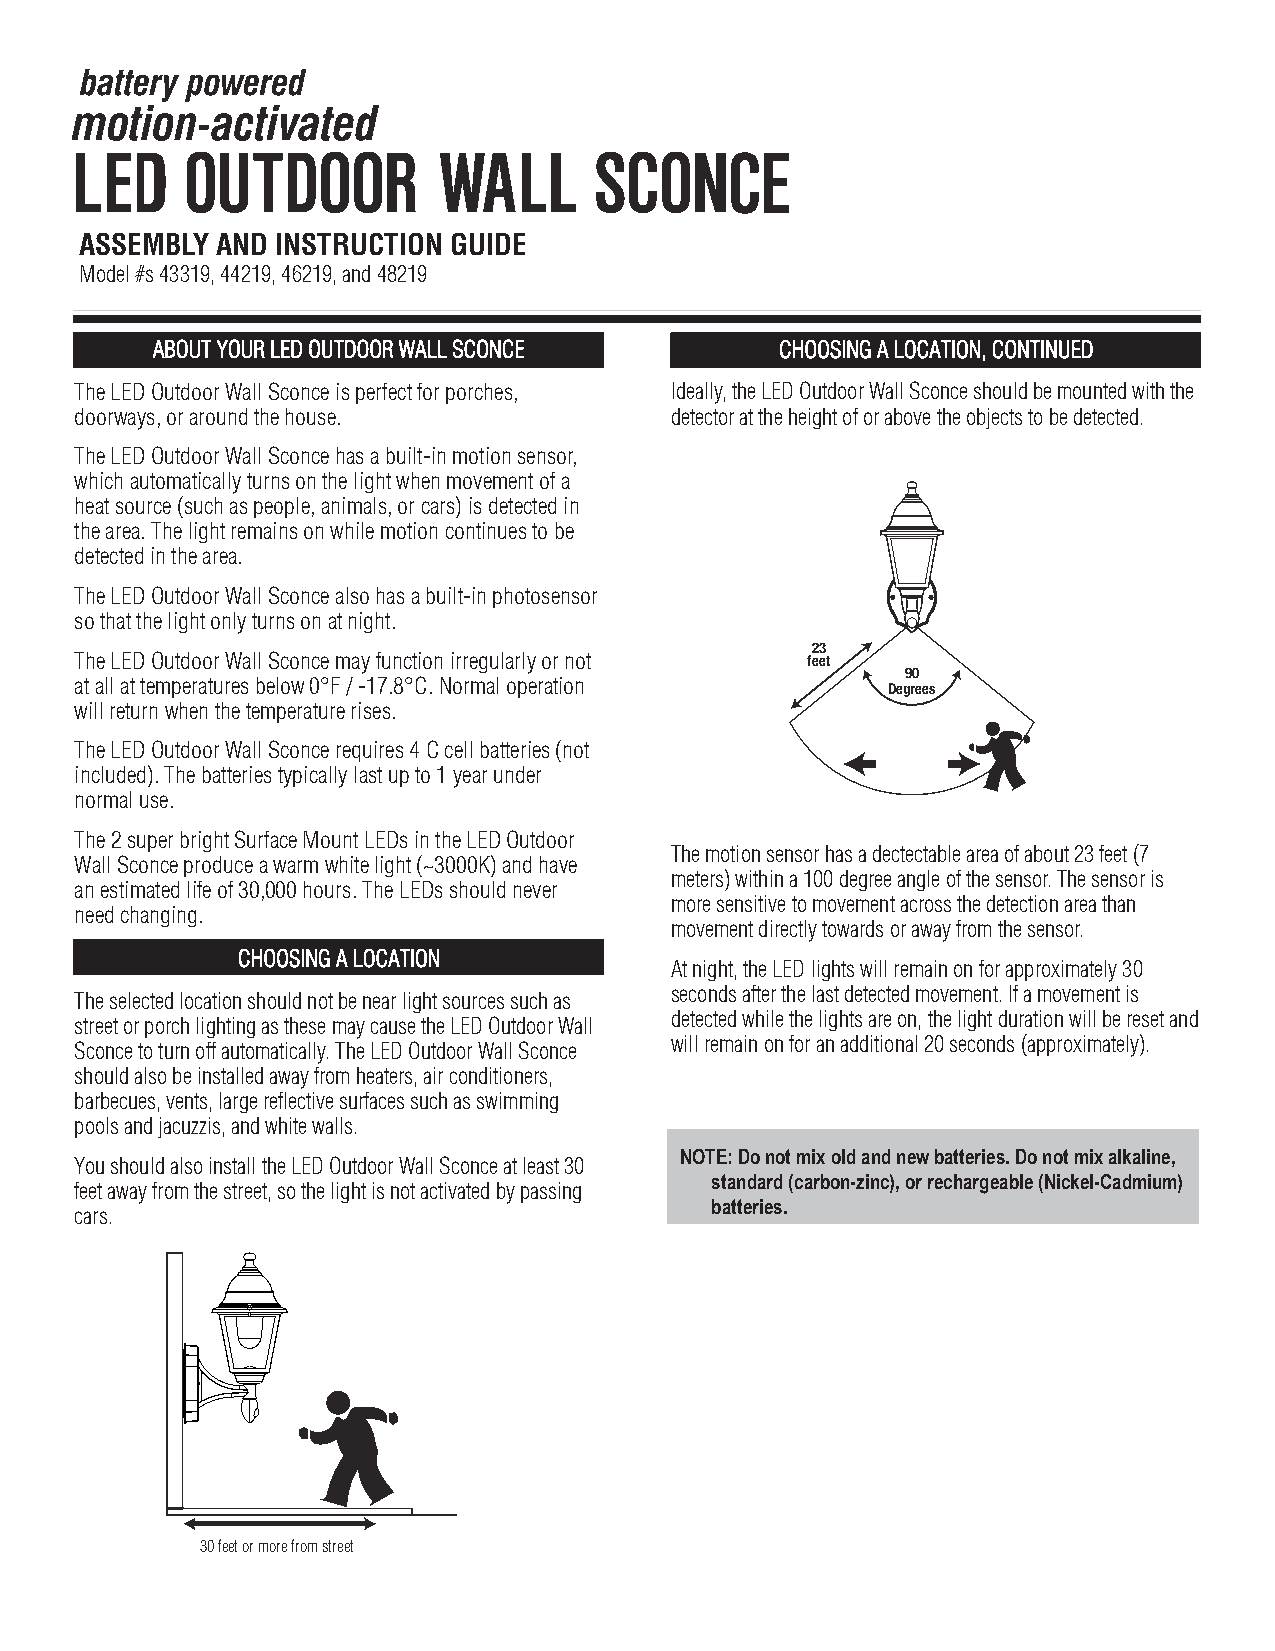
ASSEMBLY AND INSTRUCTION GUIDE
 Model #s 43319, 44219, 46219, and 48219
 ABOUT YOUR LED OUTDOOR WALL SCONCE        CHOOSING A LOCATION, CONTINUED
 The LED Outdoor Wall Sconce is perfect for porches, Ideally, the LED Outdoor Wall Sconce should be mounted with the
 doorways, or around the house.         detector at the height of or above the objects to be detected.
 The LED Outdoor Wall Sconce has a built-in motion sensor,
 which automatically turns on the light when movement of a
 heat source (such as people, animals, or cars) is detected in
 the area. The light remains on while motion continues to be
 detected in the area.
 The LED Outdoor Wall Sconce also has a built-in photosensor
 so that the light only turns on at night.
 23
 The LED Outdoor Wall Sconce may function irregularly or not feet
 90
 at all at temperatures below 0°F / -17.8°C. Normal operation
 Degrees
 will return when the temperature rises.
 The LED Outdoor Wall Sconce requires 4 C cell batteries (not
 included). The batteries typically last up to 1 year under
 normal use.
 The 2 super bright Surface Mount LEDs in the LED Outdoor
 The motion sensor has a dectectable area of about 23 feet (7
 Wall Sconce produce a warm white light (~3000K) and have
 meters) within a 100 degree angle of the sensor. The sensor is
 an estimated life of 30,000 hours. The LEDs should never
 more sensitive to movement across the detection area than
 need changing.
 movement directly towards or away from the sensor.
 CHOOSING A LOCATION
 At night, the LED lights will remain on for approximately 30
 seconds after the last detected movement. If a movement is
 The selected location should not be near light sources such as
 detected while the lights are on, the light duration will be reset and
 street or porch lighting as these may cause the LED Outdoor Wall
 will remain on for an additional 20 seconds (approximately).
 Sconce to turn off automatically. The LED Outdoor Wall Sconce
 should also be installed away from heaters, air conditioners,
 barbecues, vents, large reflective surfaces such as swimming
 pools and jacuzzis, and white walls.
 NOTE: Do not mix old and new batteries. Do not mix alkaline,
 You should also install the LED Outdoor Wall Sconce at least 30
 standard (carbon-zinc), or rechargeable (Nickel-Cadmium)
 feet away from the street, so the light is not activated by passing
 batteries.
 cars.
 30 feet or more from street